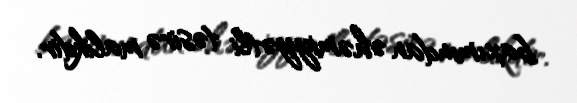
baxımından əhəmiyyətli təsirə malikdir.